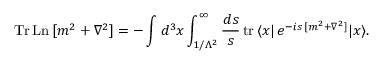
\mathrm { T r \, L n } \, [ m ^ { 2 } + \nabla ^ { 2 } ] = - \int d ^ { 3 } x \int _ { 1 / \Lambda ^ { 2 } } ^ { \infty } \frac { d s } { s } \, \mathrm { t r } \, \langle x | \, e ^ { - i s \, [ m ^ { 2 } + \nabla ^ { 2 } ] } | x \rangle .